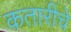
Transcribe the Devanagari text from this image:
कतारीचे